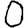
Digit: 0